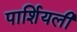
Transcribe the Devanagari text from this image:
पार्शियली